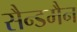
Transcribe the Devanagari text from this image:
सैन्डमैन